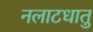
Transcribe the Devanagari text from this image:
नलाटधातु